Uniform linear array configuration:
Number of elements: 16
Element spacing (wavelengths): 0.25
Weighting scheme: cosine
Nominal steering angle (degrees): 45
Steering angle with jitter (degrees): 44.424
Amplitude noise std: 0.05
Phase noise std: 0.05

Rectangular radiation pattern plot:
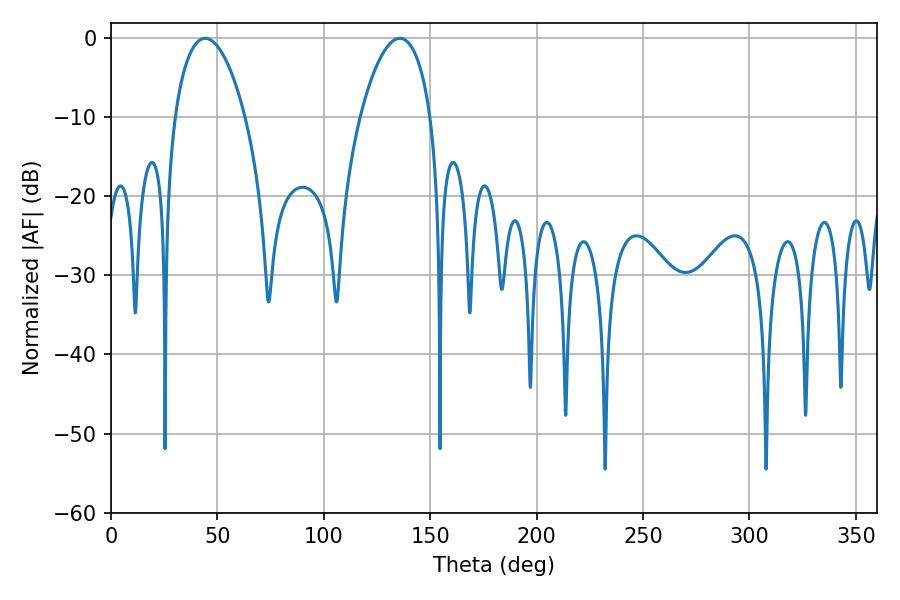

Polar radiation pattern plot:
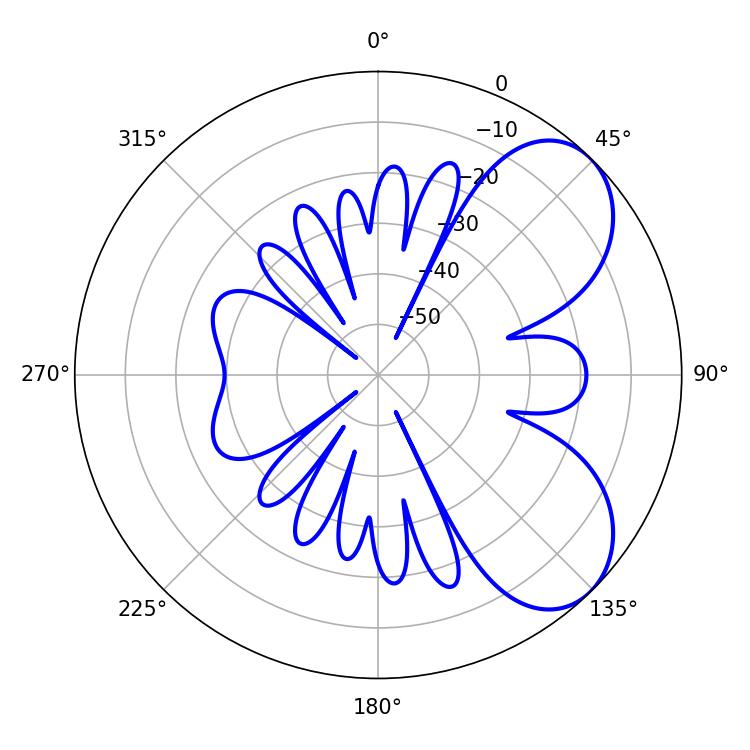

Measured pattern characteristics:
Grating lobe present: FALSE
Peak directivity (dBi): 6.135
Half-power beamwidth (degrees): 18.72
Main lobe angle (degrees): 44.28